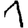
Digit: 1